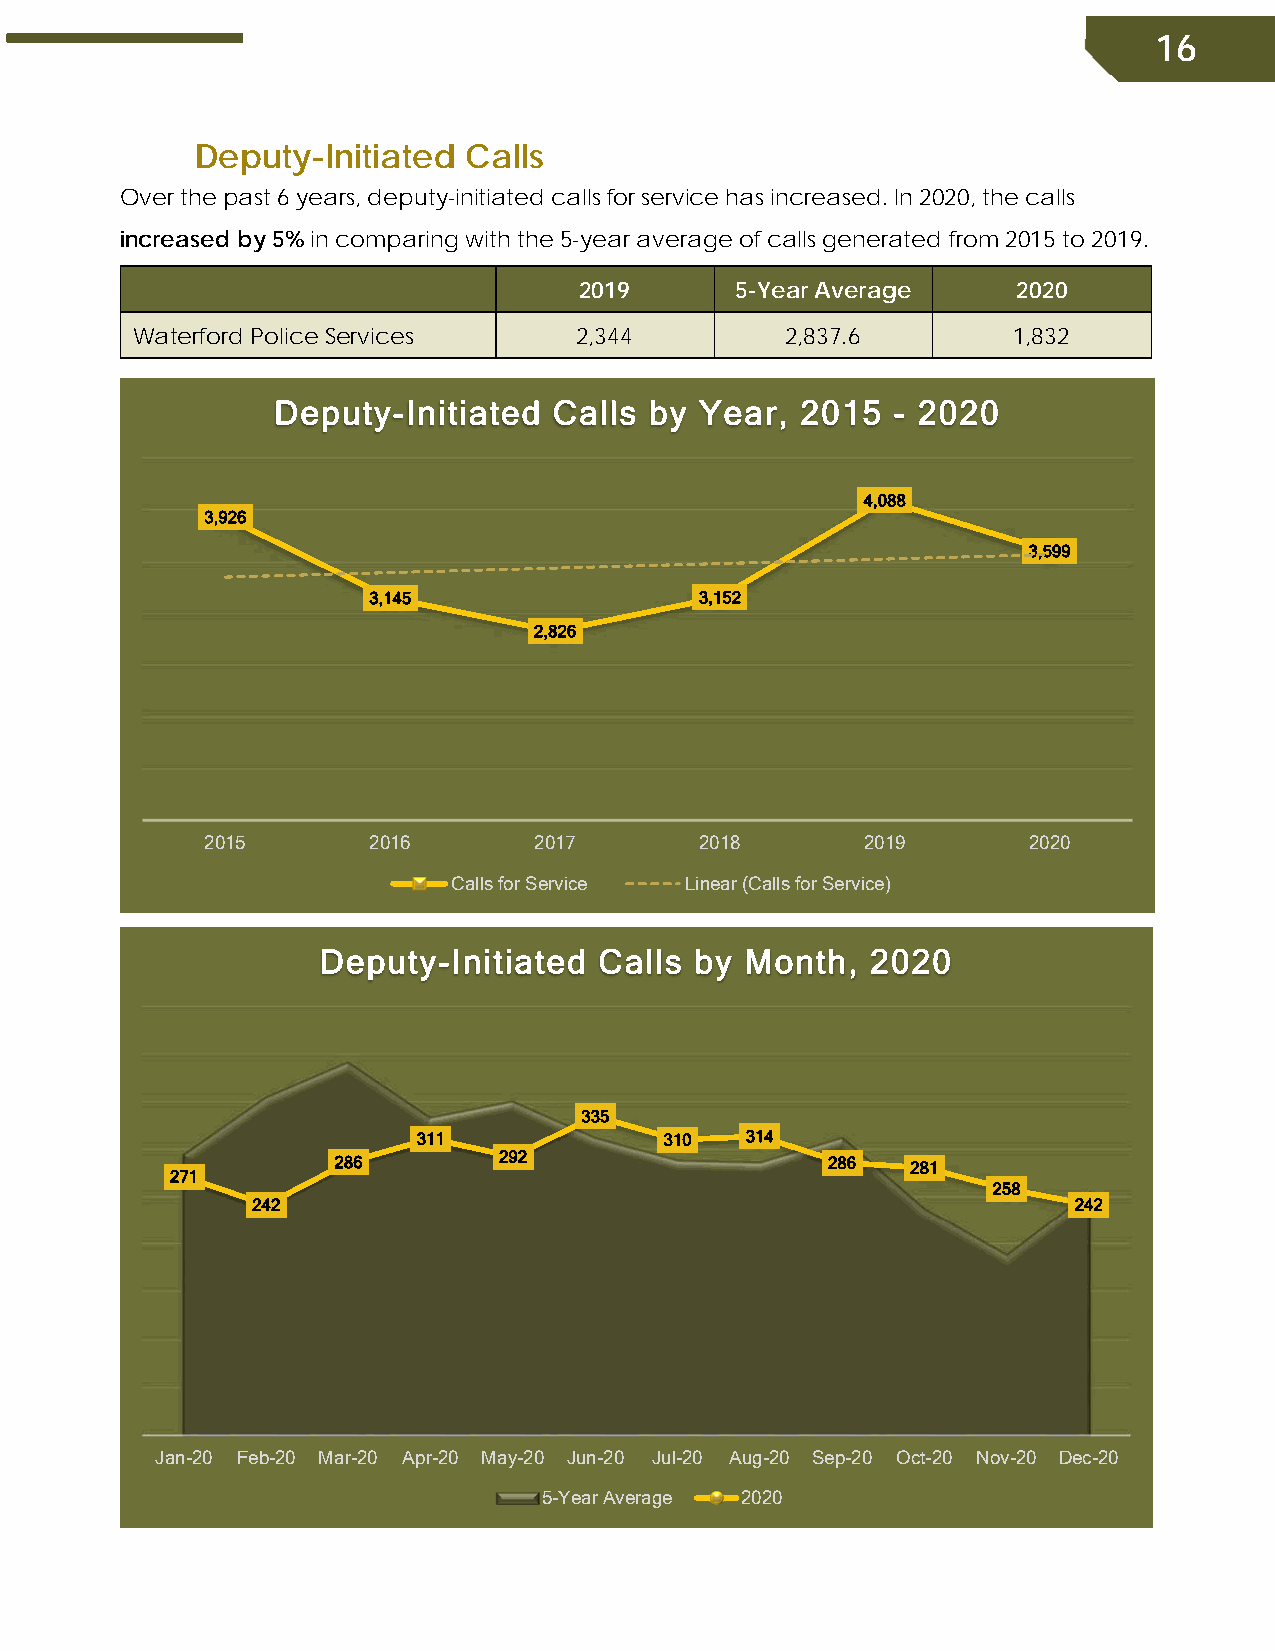
16
 Deputy-Initiated  Calls
 Over the past 6 years, deputy-initiated calls for service has increased. In 2020, the calls
 increased by 5% in comparing with the 5-year average of calls generated from 2015 to 2019.
 2019       5-Year Average    2020
 Waterford Police Services    2,344         2,837.6        1,832
 Deputy-Initiated   Calls by Year,  2015  - 2020
 4,088
 3,926
 3,599
 3,145                 3,152
 2,826
 2015      2016       2017       2018       2019       2020
 Calls for Service Linear (Calls for Service)
 Deputy-Initiated   Calls by Month,   2020
 335
 311             310  314
 286        292                   286  281
 271
 258
 242                                                   242
 Jan-20 Feb-20 Mar-20 Apr-20 May-20 Jun-20 Jul-20 Aug-20 Sep-20 Oct-20 Nov-20 Dec-20
 5-Year Average 2020